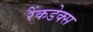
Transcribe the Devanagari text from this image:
रैंकडेक्स